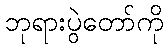
ဘုရားပွဲတော်ကို